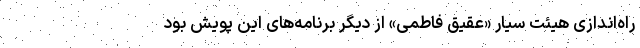
راه‌اندازی هیئت سیار «عقیق فاطمی» از دیگر برنامه‌های این پویش بود